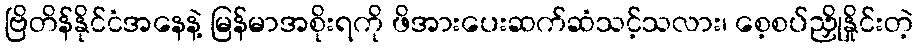
ဗြိတိန်နိုင်ငံအနေနဲ့ မြန်မာအစိုးရကို ဖိအားပေးဆက်ဆံသင့်သလား၊ စေ့စပ်ညှိုနှိုင်းတဲ့